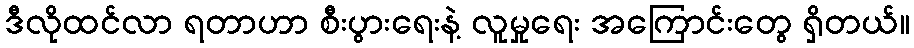
ဒီလိုထင်လာ ရတာဟာ စီးပွားရေးနဲ့ လူမှုရေး အကြောင်းတွေ ရှိတယ်။